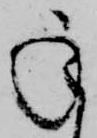
承